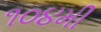
૧૦૪મી